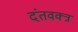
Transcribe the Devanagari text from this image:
दंतवक्त्र